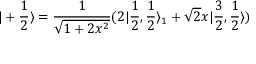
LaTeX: | + \frac { 1 } { 2 } \rangle = \frac { 1 } { \sqrt { 1 + 2 x ^ { 2 } } } ( 2 | \frac { 1 } { 2 } , \frac { 1 } { 2 } \rangle _ { 1 } + \sqrt { 2 } x | \frac { 3 } { 2 } , \frac { 1 } { 2 } \rangle )